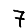
Digit: 7